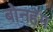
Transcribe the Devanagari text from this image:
बोनहॅम